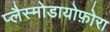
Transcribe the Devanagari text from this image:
प्लैस्मोडायोफ़ोरा